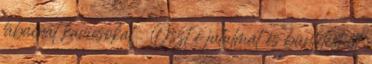
lábainál kavicsokat . Oszt e jutalmat és büntetést itt